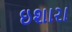
ઇશારા